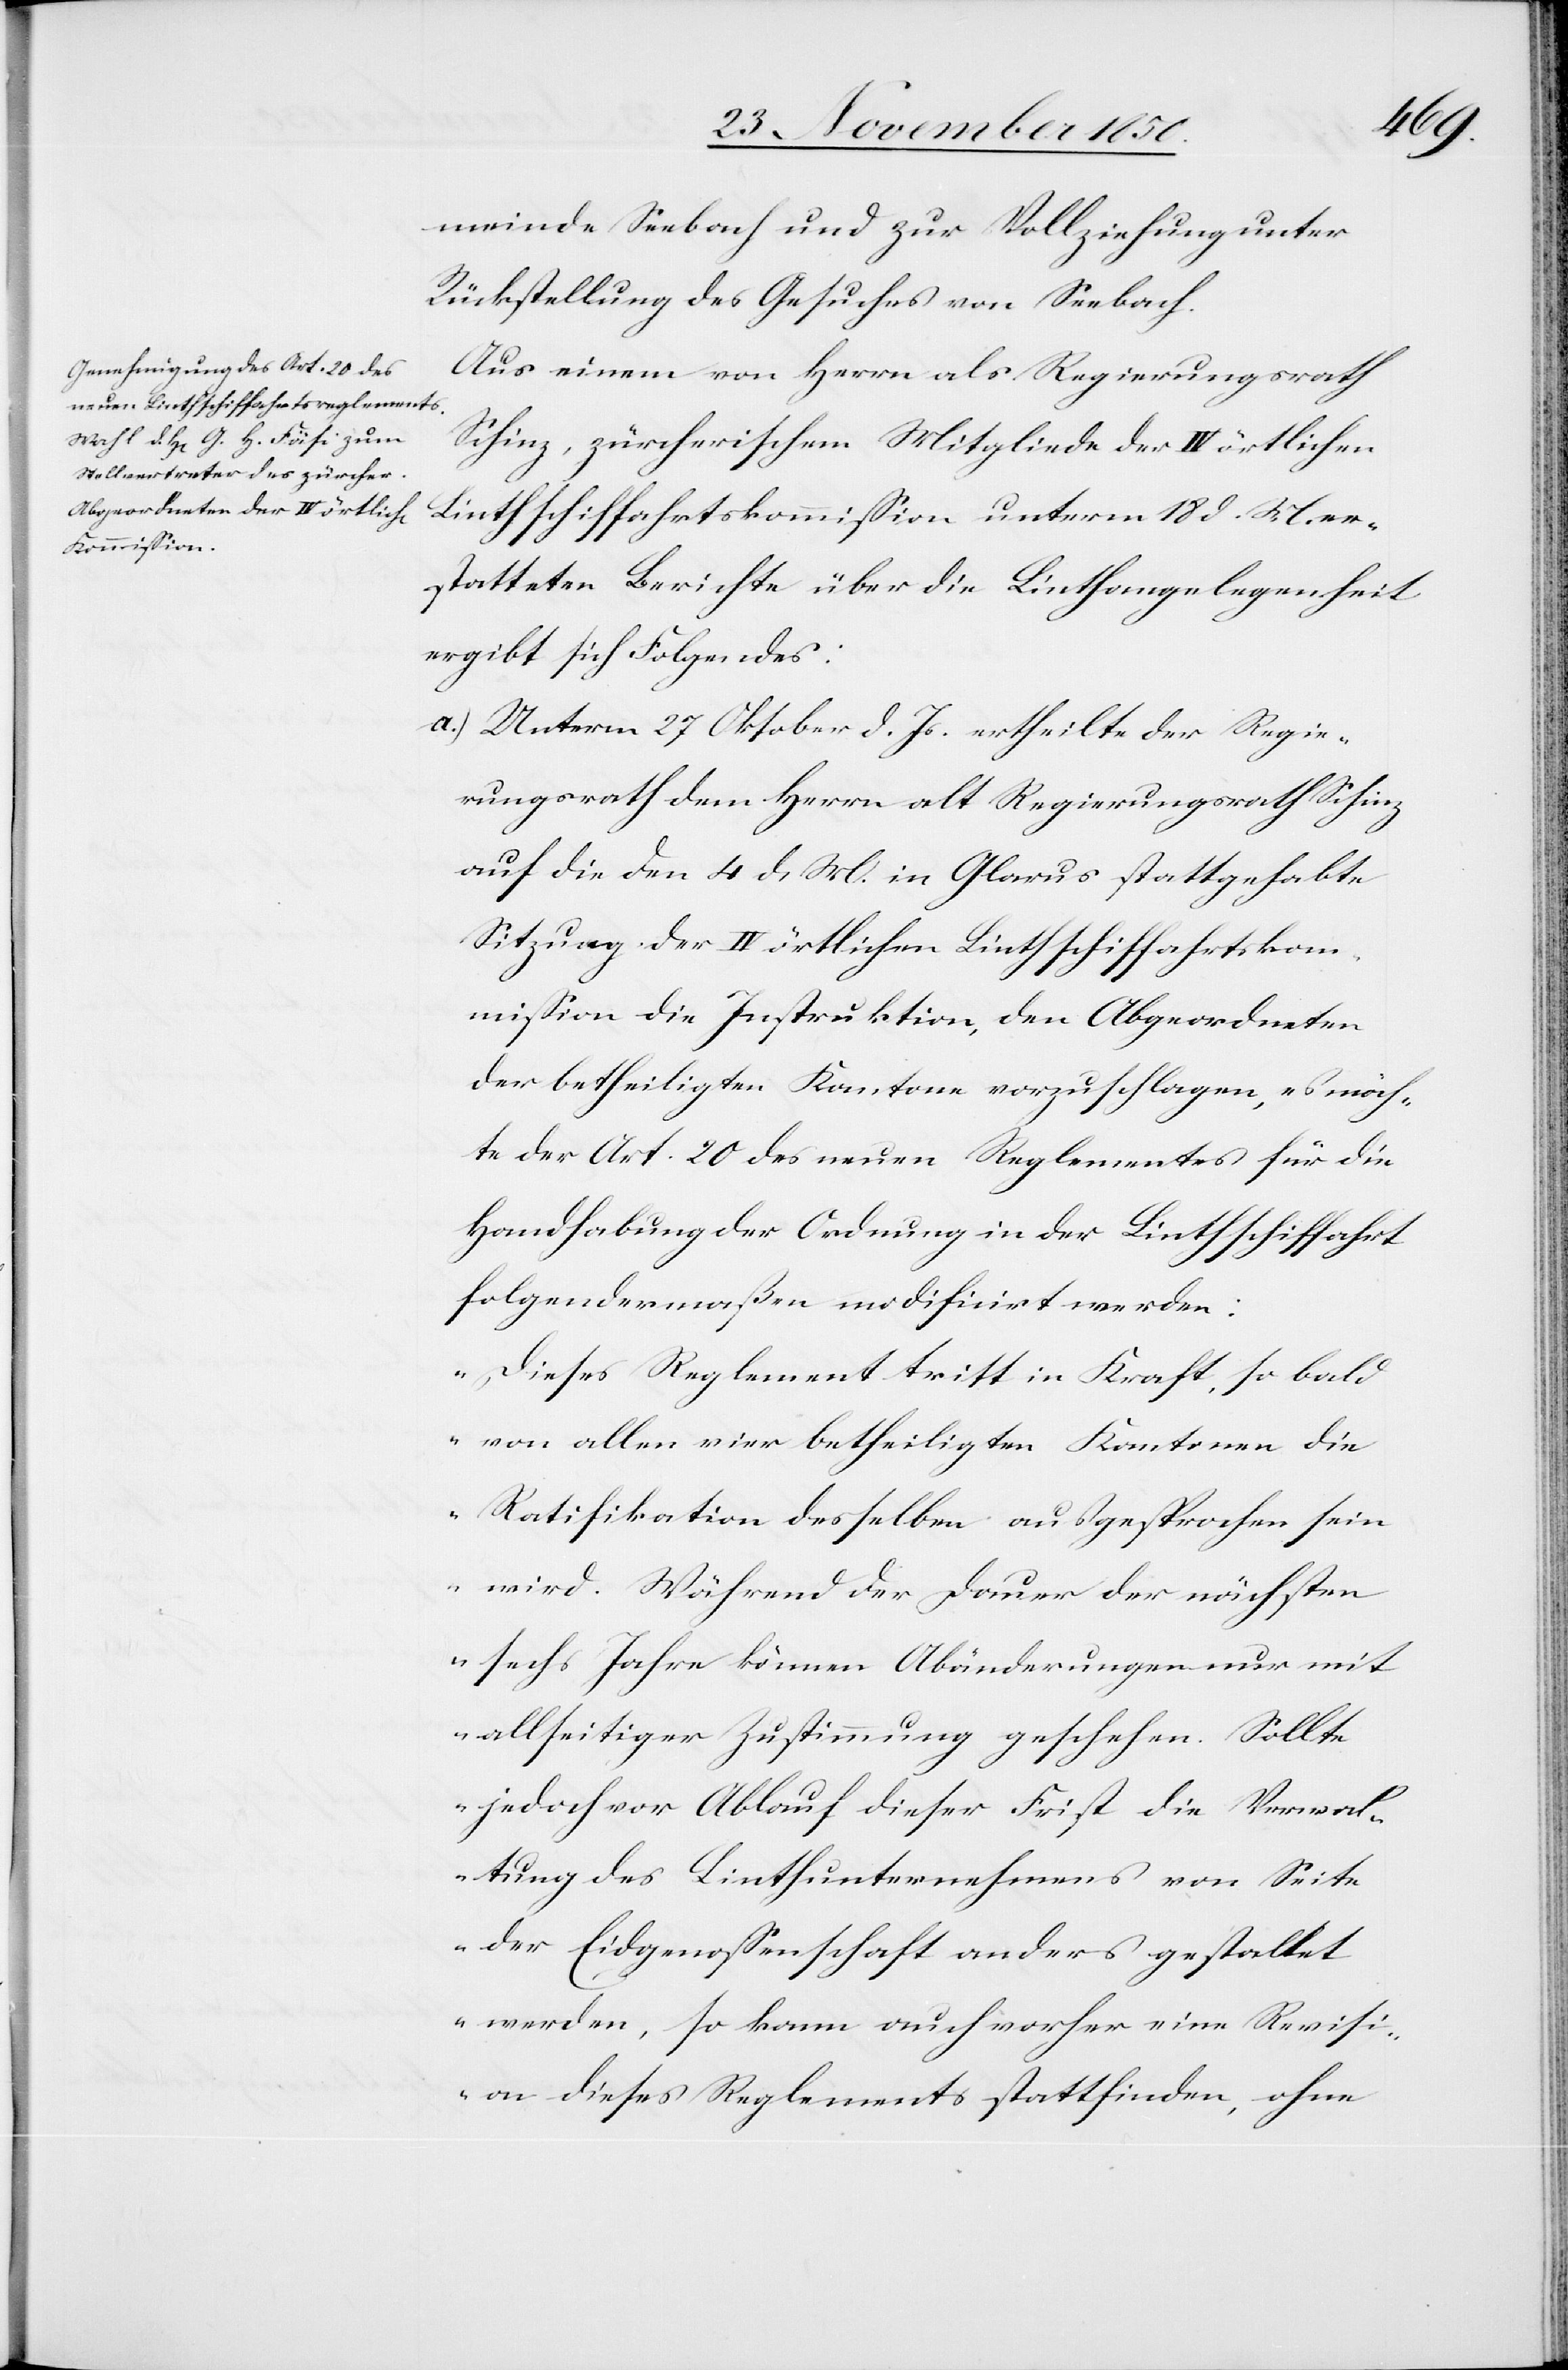
meinde Seebach und zur Vollziehung unter
Rückstellung des Gesuches von Seebach.
Aus einem von Herrn als [recte: alt] Regierungsrath
Schinz, zürcherischem Mitgliede der IV örtlichen
Linthschiffahrtskommission unterm 18 d. M. er¬
statteten Berichte über die Linthangelegenheit
ergibt sich Folgendes:
a.) Unterm 27 Oktober d. Js. ertheilte der Regie¬
rungsrath dem Herrn alt Regierungsrath Schinz
auf die den 4 d. M. in Glarus stattgehabte
Sitzung der IV örtlichen Linthschiffahrtskom¬
mission die Instruktion, den Abgeordneten
der betheiligten Kantone vorzuschlagen, es möch¬
te der Art. 20 des neuen Reglementes für die
Handhabung der Ordnung in der Linthschiffahrt
folgendermaßen modificirt werden:
„Dieses Reglement tritt in Kraft, so bald
von allen vier betheiligten Kantonen die
Ratifikation desselben ausgesprochen sein
wird. Während der Dauer der nächsten
sechs Jahre können Abänderungen nur mit
allseitiger Zustimmung geschehen. Sollte
jedoch vor Ablauf dieser Frist die Verwal¬
tung des Linthunternehmens von Seite
der Eidgenossenschaft anders gestaltet
werden, so kann auch vorher eine Revisi¬
on dieses Reglements stattfinden, ohne